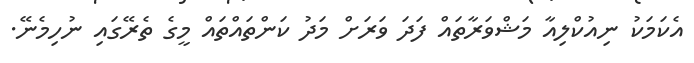
އެކަމަކު ނިއުކްލިއާ މަޝްވަރާތައް ފަދަ ވަރަށް މަދު ކަންތައްތައް މީގެ ތެރޭގައި ނުހިމެނޭ.